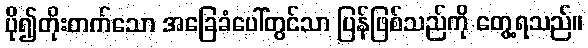
ပို၍တိုးတက်သော အခြေခံပေါ်တွင်သာ ပြန်ဖြစ်သည်ကို တွေ့ရသည်။